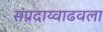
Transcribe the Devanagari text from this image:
संप्रदाय्वाढवला